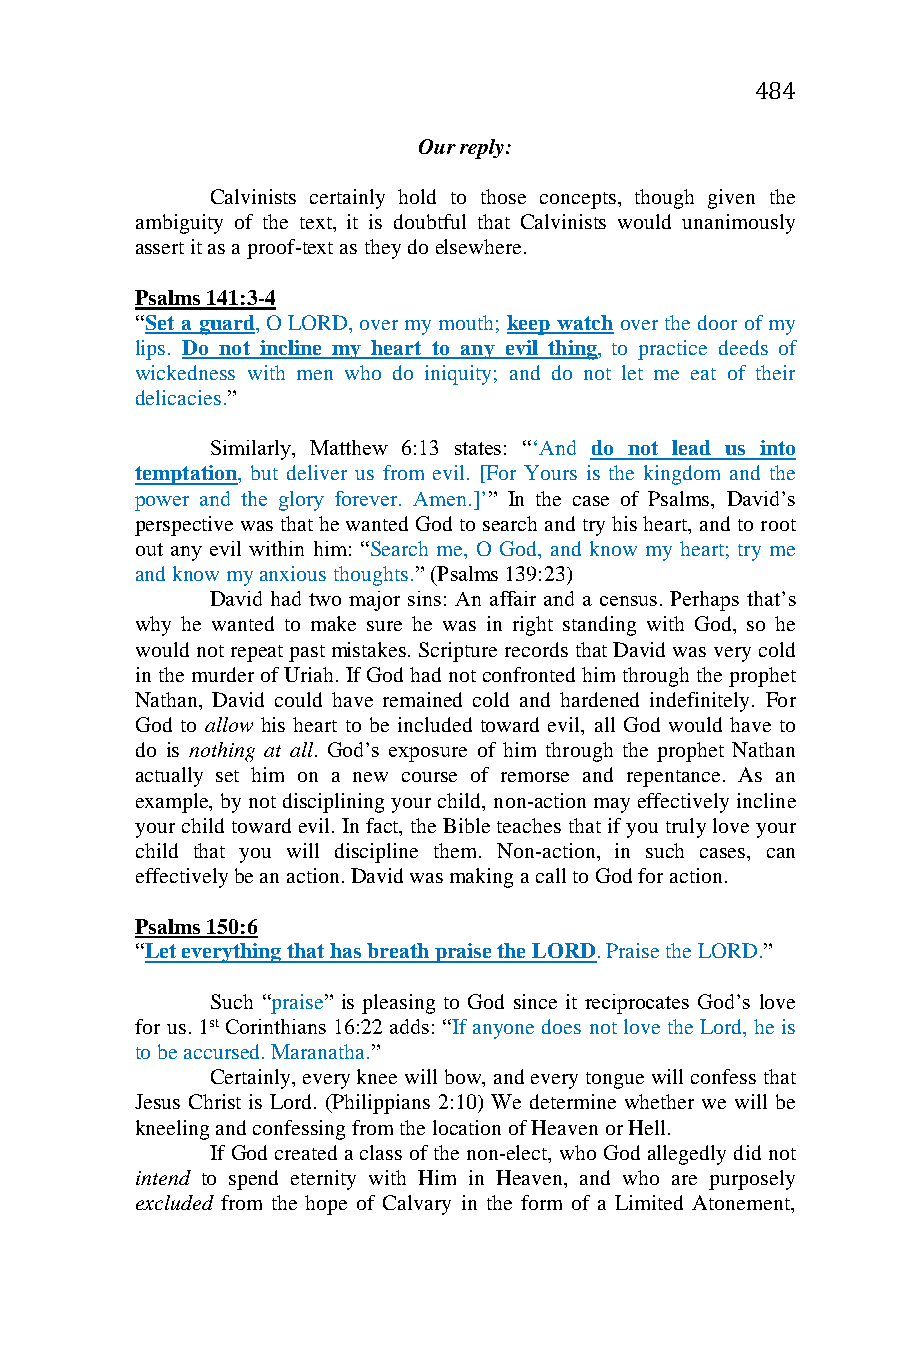
484
 Our reply:
 Calvinists certainly hold to those concepts, though given the
 ambiguity of the text, it is doubtful that Calvinists would unanimously
 assert it as a proof-text as they do elsewhere.
 Psalms 141:3-4
 “Set a guard, O LORD, over my mouth; keep watch over the door of my
 lips. Do not incline my heart to any evil thing, to practice deeds of
 wickedness with men who do iniquity; and do not let me eat of their
 delicacies.”
 Similarly, Matthew 6:13 states: “‘And do not lead us into
 temptation, but deliver us from evil. [For Yours is the kingdom and the
 power and the glory forever. Amen.]’” In the case of Psalms, David’s
 perspective was that he wanted God to search and try his heart, and to root
 out any evil within him: “Search me, O God, and know my heart; try me
 and know my anxious thoughts.” (Psalms 139:23)
 David had two major sins: An affair and a census. Perhaps that’s
 why he wanted to make sure he was in right standing with God, so he
 would not repeat past mistakes. Scripture records that David was very cold
 in the murder of Uriah. If God had not confronted him through the prophet
 Nathan, David could have remained cold and hardened indefinitely. For
 God to allow his heart to be included toward evil, all God would have to
 do is nothing at all. God’s exposure of him through the prophet Nathan
 actually set him on a new course of remorse and repentance. As an
 example, by not disciplining your child, non-action may effectively incline
 your child toward evil. In fact, the Bible teaches that if you truly love your
 child that you will discipline them. Non-action, in such cases, can
 effectively be an action. David was making a call to God for action.
 Psalms 150:6
 “Let everything that has breath praise the LORD. Praise the LORD.”
 Such “praise” is pleasing to God since it reciprocates God’s love
 for us. 1st Corinthians 16:22 adds: “If anyone does not love the Lord, he is
 to be accursed. Maranatha.”
 Certainly, every knee will bow, and every tongue will confess that
 Jesus Christ is Lord. (Philippians 2:10) We determine whether we will be
 kneeling and confessing from the location of Heaven or Hell.
 If God created a class of the non-elect, who God allegedly did not
 intend to spend eternity with Him in Heaven, and who are purposely
 excluded from the hope of Calvary in the form of a Limited Atonement,